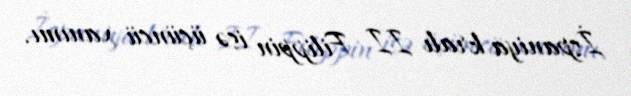
İspaniya kralı II Filippin isə üçüncü xanımı.